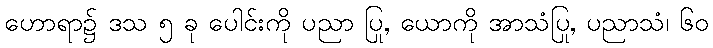
ဟောရာ၌ ဒသ ၅ ခု ပေါင်းကို ပညာ ပြု, ယောကို အာသံပြု, ပညာသံ၊ ၆၀